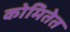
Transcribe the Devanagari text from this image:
कोमितेत